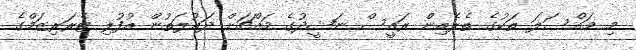
މި މައްސަލަ ތަކުގެ ތެރެއިން ރައީސް ނަޝީދުގެ މައްޗަށް ދައުލަތުން އުފުލި ޓެރަރިޒަމްގެ